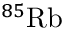
^ { 8 5 } \mathrm { R b }